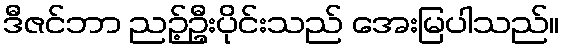
ဒီဇင်ဘာ ညဉ့်ဦးပိုင်းသည် အေးမြပါသည်။